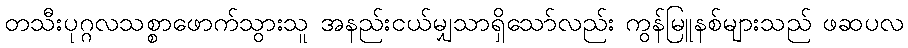
တသီးပုဂ္ဂလသစ္စာဖောက်သွားသူ အနည်းငယ်မျှသာရှိသော်လည်း ကွန်မြူနစ်များသည် ဖဆပလ